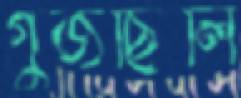
গুঁজছিলি